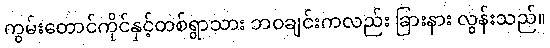
ကွမ်းတောင်ကိုင်နှင့်တစ်ရွာသား ဘဝချင်းကလည်း ခြားနား လွန်းသည်။